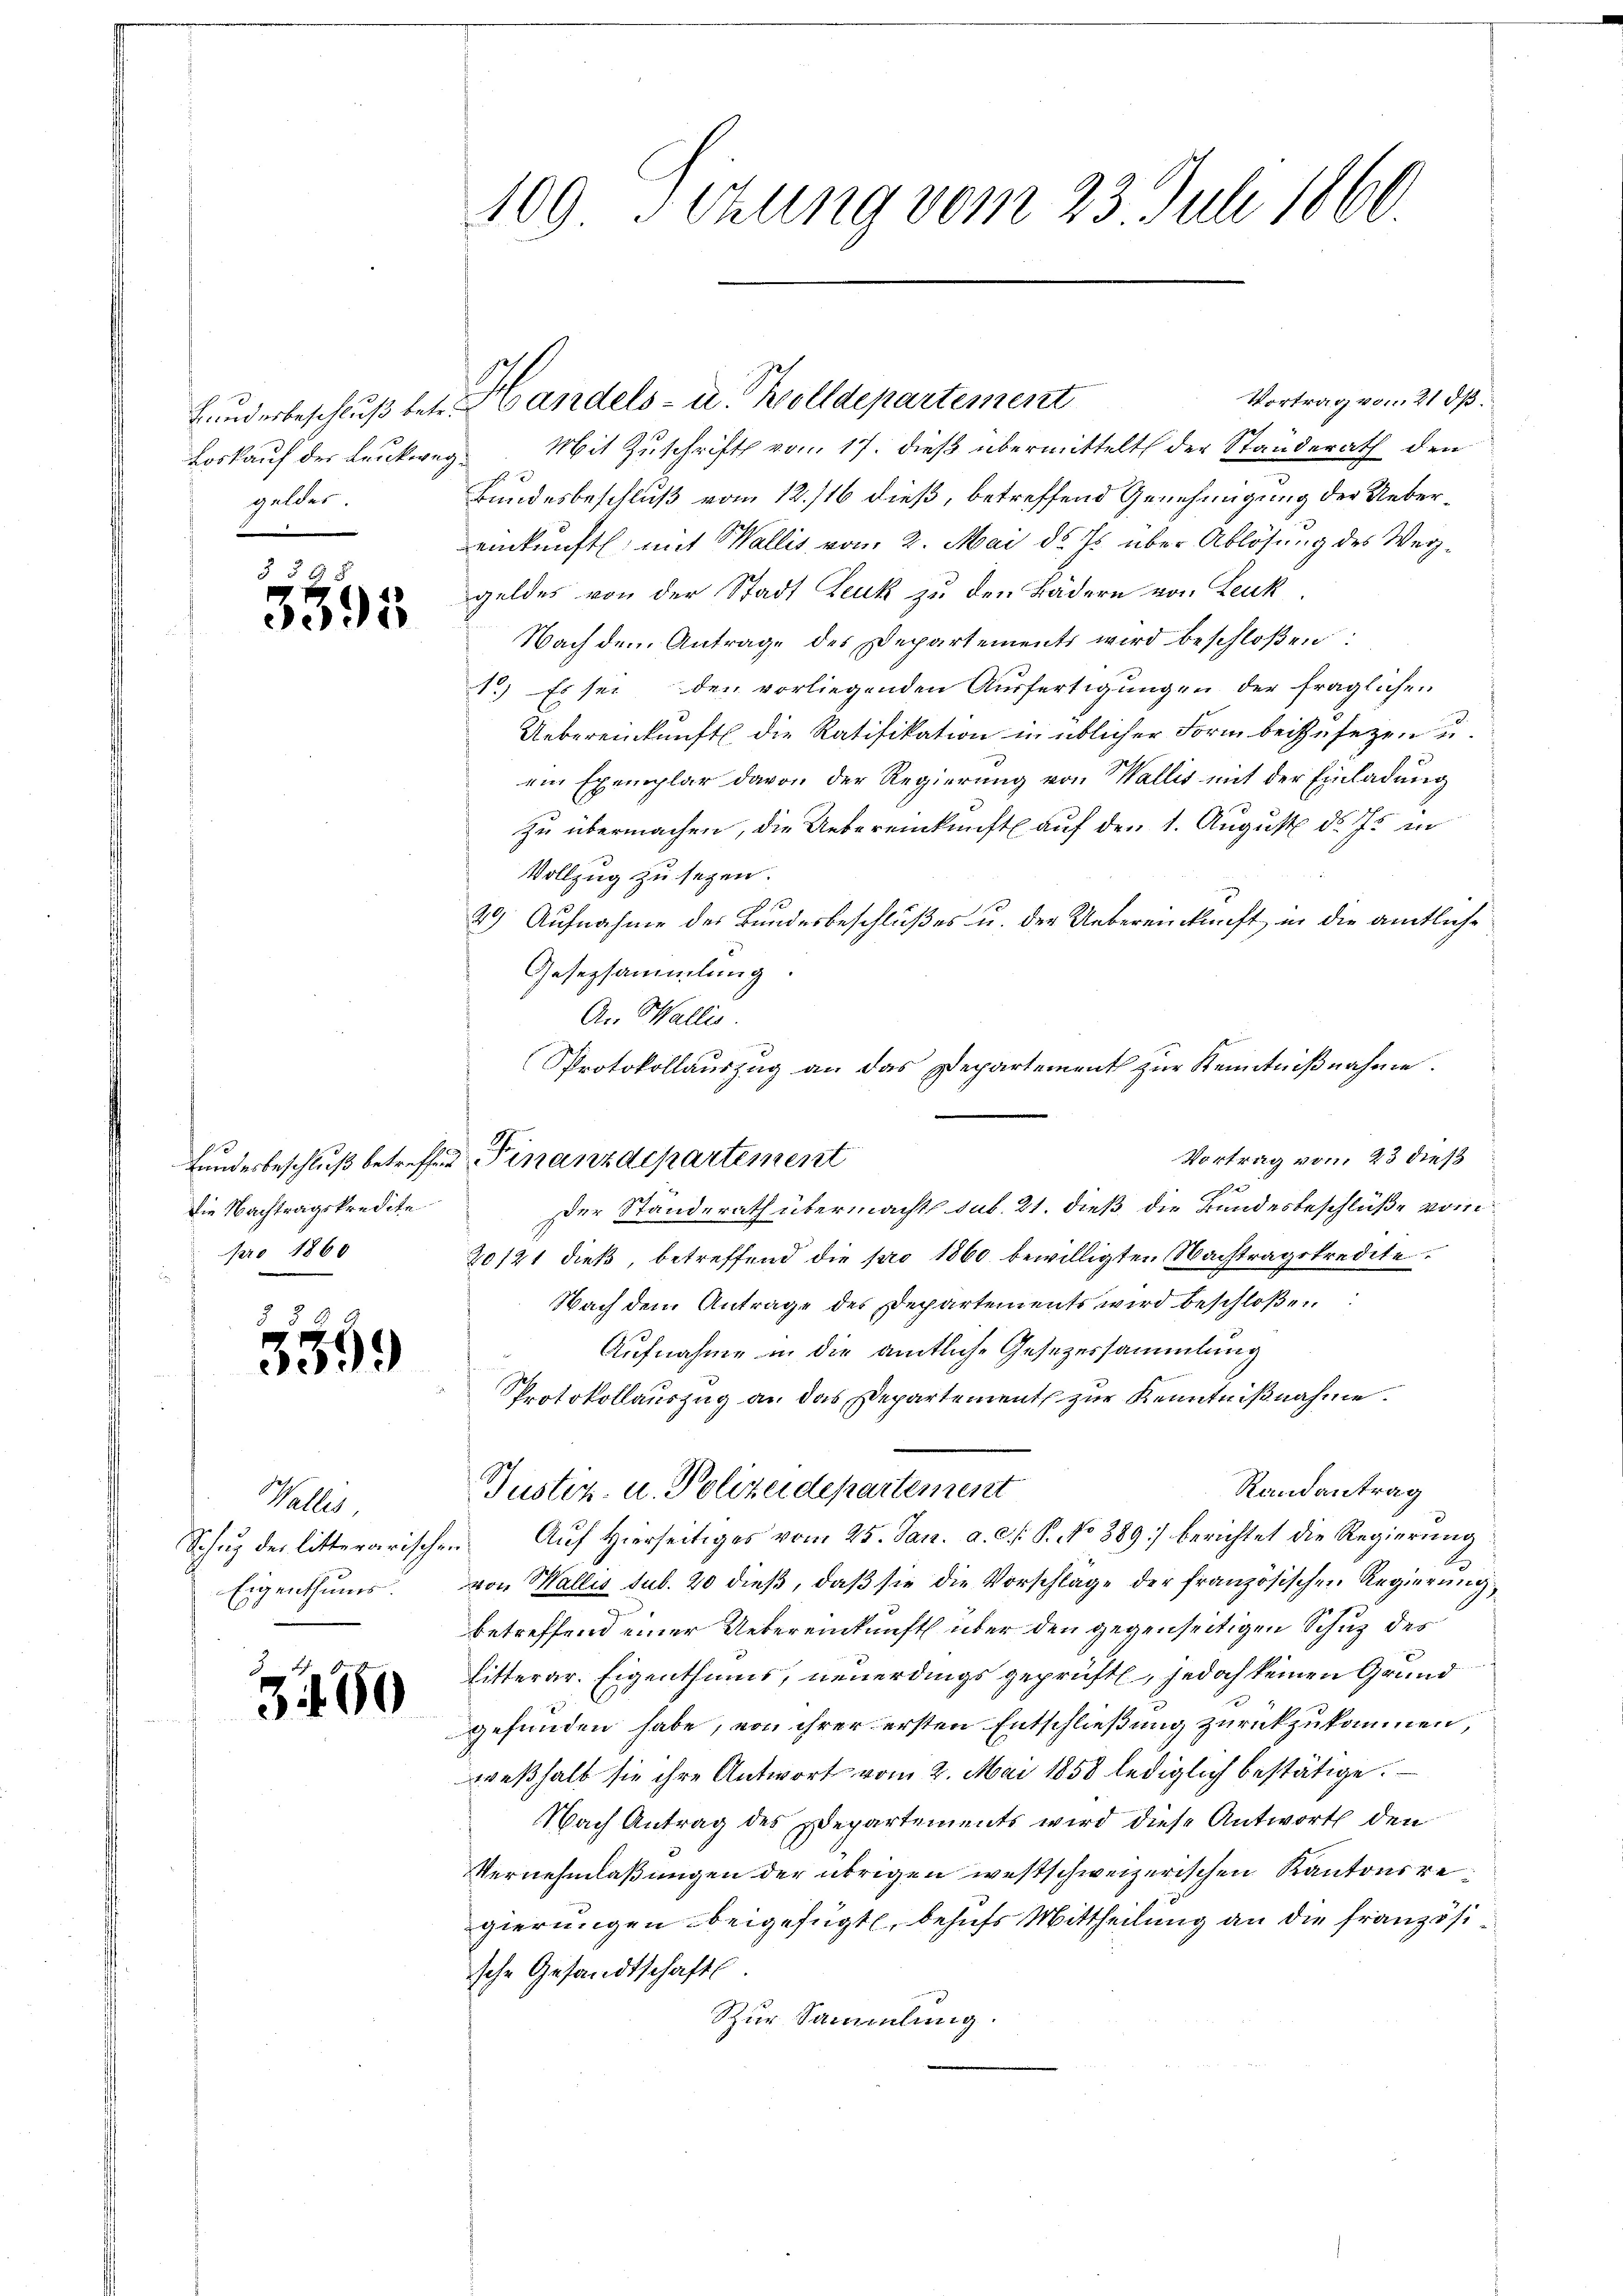
Bundesbeschluß bet
Loskauf der Lenkweggeldes.

3 § 98
3395

Die Nachtragskredite
pro 1860

35

99

Walles,
Schug der litterarische
Eigenthums

Z 180

109 Dihung vom 23. Juli 1860

Vortrag vom 21 dß
Mit Zuschrift vom 17. dieß übermittelt der Standerath den
Bundesbeschluß vom 12./16 dieß, betreffend Genehmigung der Uebereinkunft mit Wallis vom 2. Mai d. Js. über Ablösung des Weggeldes von der Stadt Leuk zu den Bädern von Leuk
Nach dem Antrage des Departements wird beschloßen:
1.) Es sei den vorliegenden Ausfertigungen der fraglichen
Uebereinkunft die Ratifikation in üblicher Form beizusetzen u.
ein Exemplar davon der Regierung von Wallis mit der Einladung
zu übermachen, die Uebereinkunft auf den 1. August d. Js. in
Vollzug zu sezen.
10
49) Aufnahme des Bundesbeschlußes u. der Uebereinkunft in die amtliche
Gesezsammlung.
An Wallis.
Protokollauszug an das Departement zur Kenntnißnahme.
Vortrag vom 23 dieß
Der Standerath übermacht sub. 21. dieß die Bundesbeschlüße vom
20121 dieß betreffend die pro 1860 bewilligten Nachtragskredite
Nach dem Antrage der Departements wird beschloßen:
Aufnahme in die amtliche Gesezessammlung
Protokollauszug an das Departement zur Kenntnißnahme.
Randantrag
Puster u. Polizeidepartement
 Aŭf Hierseitiges vom 25. Jan. a. c. s. P. No 389) berichtet die Regierŭng
von Wallis sub. 20 dieβ, daβ sie die Vorschlage der französischen Regierung,
betreffend einer Uebereinkunft über den gegenseitigen Schuz des
litterar. Eigenthums, neuerdings geprüft, jedoch keinen Grund
gefunden habe, von ihrer ersten Entschließung zurückzukommen,
weßhalb sie ihre Antwort vom 2. Mai 1858 lediglich bestätige.
Nach Antrag des Departements wird diese Antwort den
Vernehmlaßungen der übrigen westschweizerischen Kantonsre
gierungen beigefügt, behufs Mittheilung an die französi
ische Gesandtschaftl
Szur Sammlung.

Bundesbeschluß betreffend Finanzdepartement

Handels- u. Zolldepartement